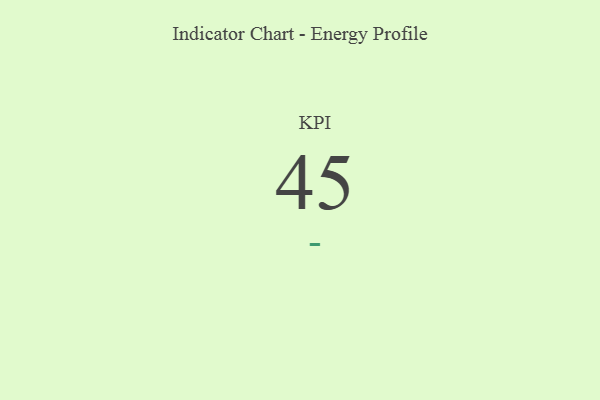
{"axis": {"x": "KPI", "y": "Value"}, "legend": [""], "data": [{"x": "KPI", "y": 45, "type": ""}]}